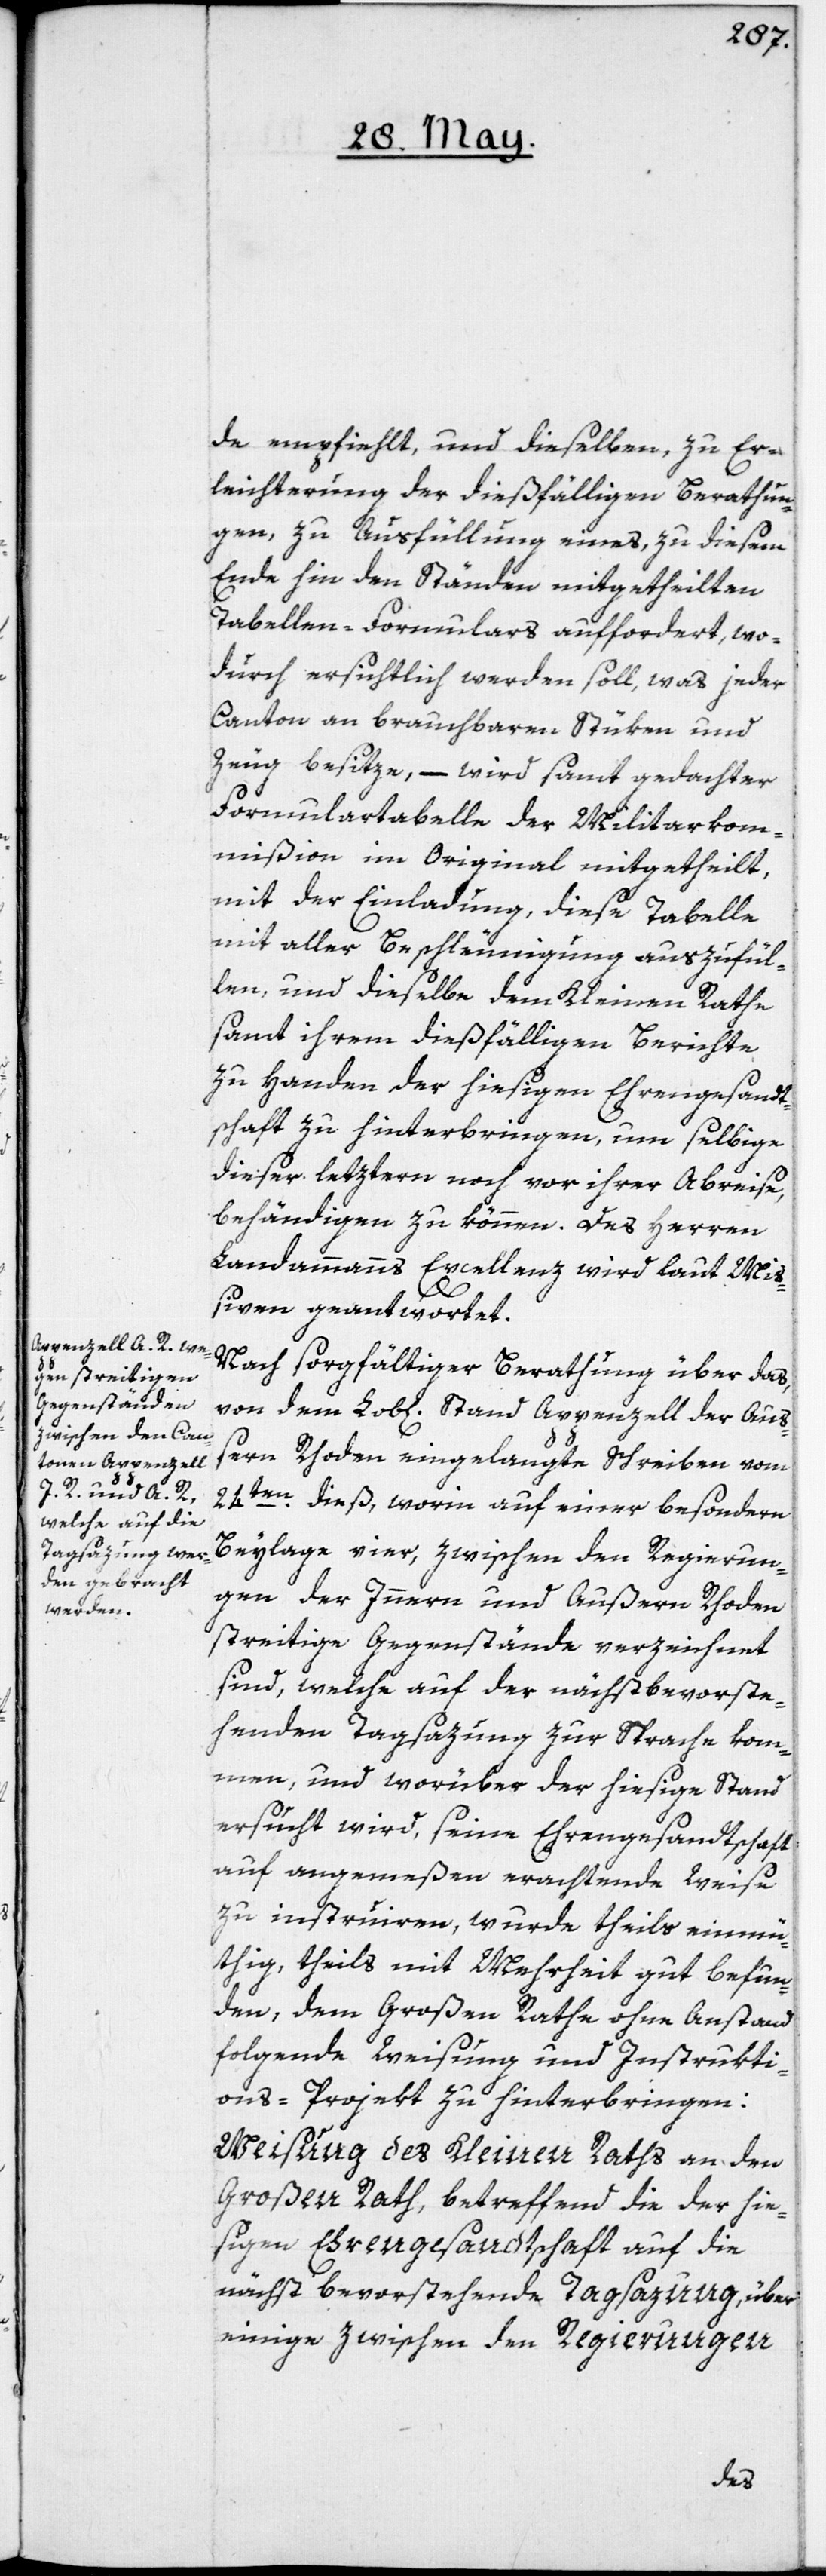
de empfiehlt, und dieselben, zu Er¬
leichterung der dießfälligen Berathun¬
gen, zu Ausfüllung eines, zu diesem
Ende hin den Ständen mitgetheilten
Tabellen-Formulars auffordert, wo¬
durch ersichtlich werden soll, was jeder
Canton an brauchbaren Stüken und
Zeug besitze, – wird samt gedachter
Formulartabelle der Militarkom¬
mißion im Original mitgetheilt,
mit der Einladung, diese Tabelle
mit aller Beschleunigung auszufül¬
len, und dieselbe dem Kleinen Rathe
samt ihrem dießfälligen Berichte
zu Handen der hiesigen Ehrengesandt¬
schaft zu hinterbringen, um selbige
dieser letztern noch vor ihrer Abreise,
behändigen zu können. Des Herren
Landammanns Excellenz wird laut Miß¬
iven geantwortet.
Nach sorgfältiger Berathung über das,
von dem Lob[lichen] Stand Appenzell der Auß¬
ern Rhoden eingelangte Schreiben vom
24ten dieß, worin auf einer besondern
Beylage vier, zwischen den Regierun¬
gen der Innern und Außern Rhoden
streitige Gegenstände verzeichnet
sind, welche auf der nächst bevorste¬
henden Tagsazung zur Sprache kom¬
men, und worüber der hiesige Stand
ersucht wird, seine Ehrengesandtschaft
auf angemeßen erachtende Weise
zu instruiren, wurde theils einmü¬
thig, theils mit Mehrheit gut befun¬
den, dem Großen Rathe ohne Anstand
folgende Weisung und Instrukti¬
ons-Projekt zu hinterbringen:
Weisung des Kleinen Raths an den
Großen Rath, betreffend die der hie¬
sigen Ehrengesandtschaft auf die
nächst bevorstehende Tagsazung, über
einige zwischen den Regierungen